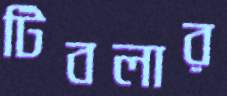
টিবলার